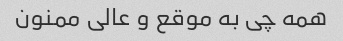
همه چی به موقع و عالی ممنون